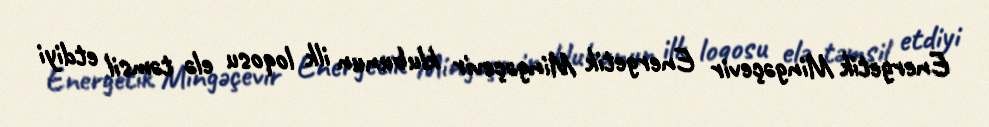
Energetik Mingəçevir Energetik Mingəçevir klubunun ilk loqosu elə təmsil etdiyi